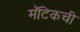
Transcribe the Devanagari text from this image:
मॅटिकची